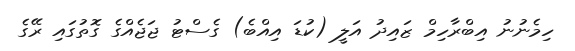
ހިމެނުނު އިބްރާހިމް ޒައިދު އަލީ (ކުޑަ އިއްބެ) ގެސްޓު ޖަޖެއްގެ ގޮތުގައި ރޭގެ